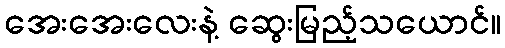
အေးအေးလေးနဲ့ ဆွေးမြည့်သယောင်။